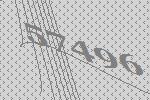
57496